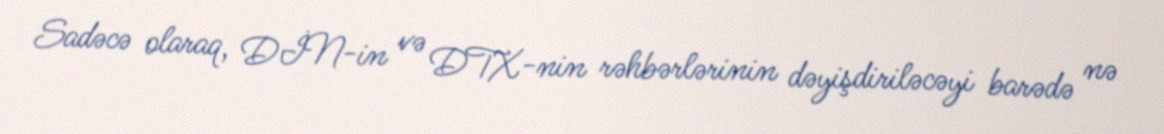
Sadəcə olaraq, DİN-in və DTX-nin rəhbərlərinin dəyişdiriləcəyi barədə nə